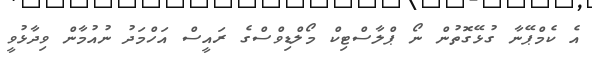
އެ ކެމްޕޭނާ ގުޅޭގޮތުން ނޯ ޕްލާސްޓިކް މޯލްޑިވްސްގެ ރައީސް އަހްމަދު ނުއުމާން ވިދާޅުވީ